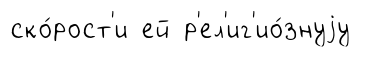
ско́рост'и ей р'ел'иг'ио́знуjу